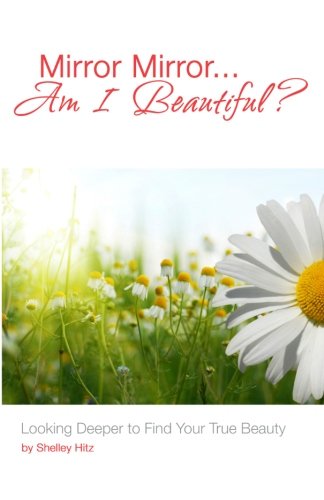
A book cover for Mirror Mirror...Am I Beautiful?: Looking Deeper to Find Your True Beauty; Shelley Hitz; Teen & Young Adult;